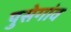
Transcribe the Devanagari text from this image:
पुसेगांव